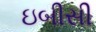
ઇબીસી